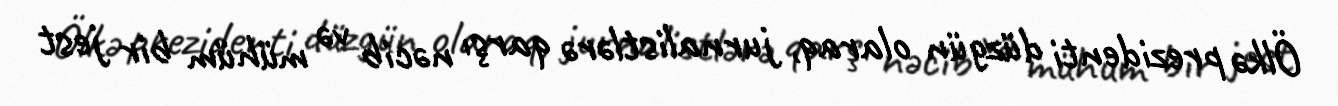
Ölkə prezidenti düzgün olaraq, jurnalistlərə qarşı nəcib və mühüm bir jest